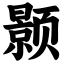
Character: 颢